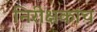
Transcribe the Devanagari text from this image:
निरीक्षकांच